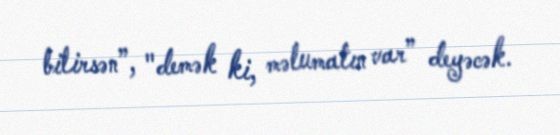
bilirsən”, "demək ki, məlumatın var” deyəcək.